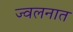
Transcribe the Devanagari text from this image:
ज्वलनात